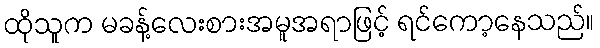
ထိုသူက မခန့်လေးစားအမူအရာဖြင့် ရင်ကော့နေသည်။